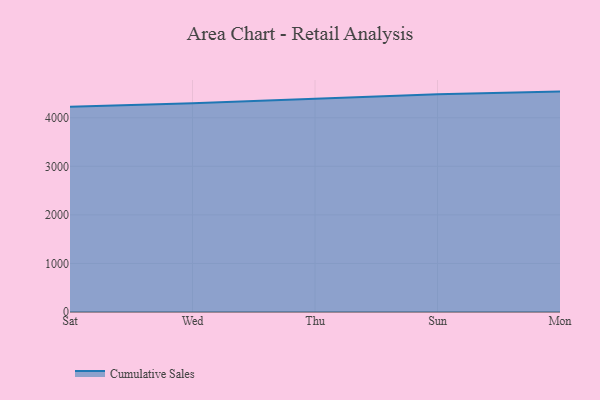
{"axis": {"x": "Day", "y": "Latency (ms)"}, "legend": ["Cumulative Sales"], "data": [{"x": "Sat", "y": 4228.0, "type": "Cumulative Sales"}, {"x": "Wed", "y": 4300.6, "type": "Cumulative Sales"}, {"x": "Thu", "y": 4389.3, "type": "Cumulative Sales"}, {"x": "Sun", "y": 4484.9, "type": "Cumulative Sales"}, {"x": "Mon", "y": 4538.6, "type": "Cumulative Sales"}]}